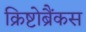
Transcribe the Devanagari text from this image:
क्रिष्टोब्रैंकस